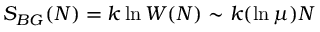
S _ { B G } ( N ) = k \ln W ( N ) \sim k ( \ln \mu ) N